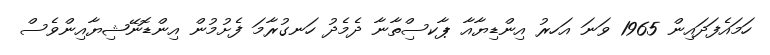
ހަމައެފަދައިން 1965 ވަނަ އަހރު އިންޑިޔާއާ ޕާކސިްތާނާ ދެމެދު ހަނގުރާމަ ފެށުމުން އިންޑޮނޭޝިޔާއިންވެސް